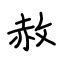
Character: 赦